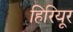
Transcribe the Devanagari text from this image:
हिरियूर